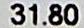
31.80